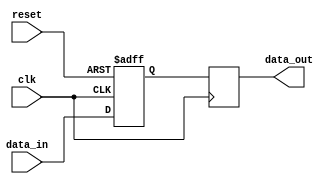
module Timing_Control_Synchronization_Fallback_Bypass_Register (
    input wire clk,
    input wire reset,
    input wire [7:0] data_in,
    output reg [7:0] data_out
);

reg [7:0] fallback_data;

always @(posedge clk or posedge reset) begin
    if (reset) begin
        fallback_data <= 8'h00;
    end else begin
        fallback_data <= data_in;
    end
end

always @(posedge clk) begin
    data_out <= fallback_data;
end

endmodule